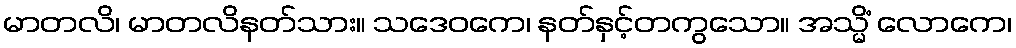
မာတလိ၊ မာတလိနတ်သား။ သဒေဝကေ၊ နတ်နှင့်တကွသော။ အသ္မိံ လောကေ၊